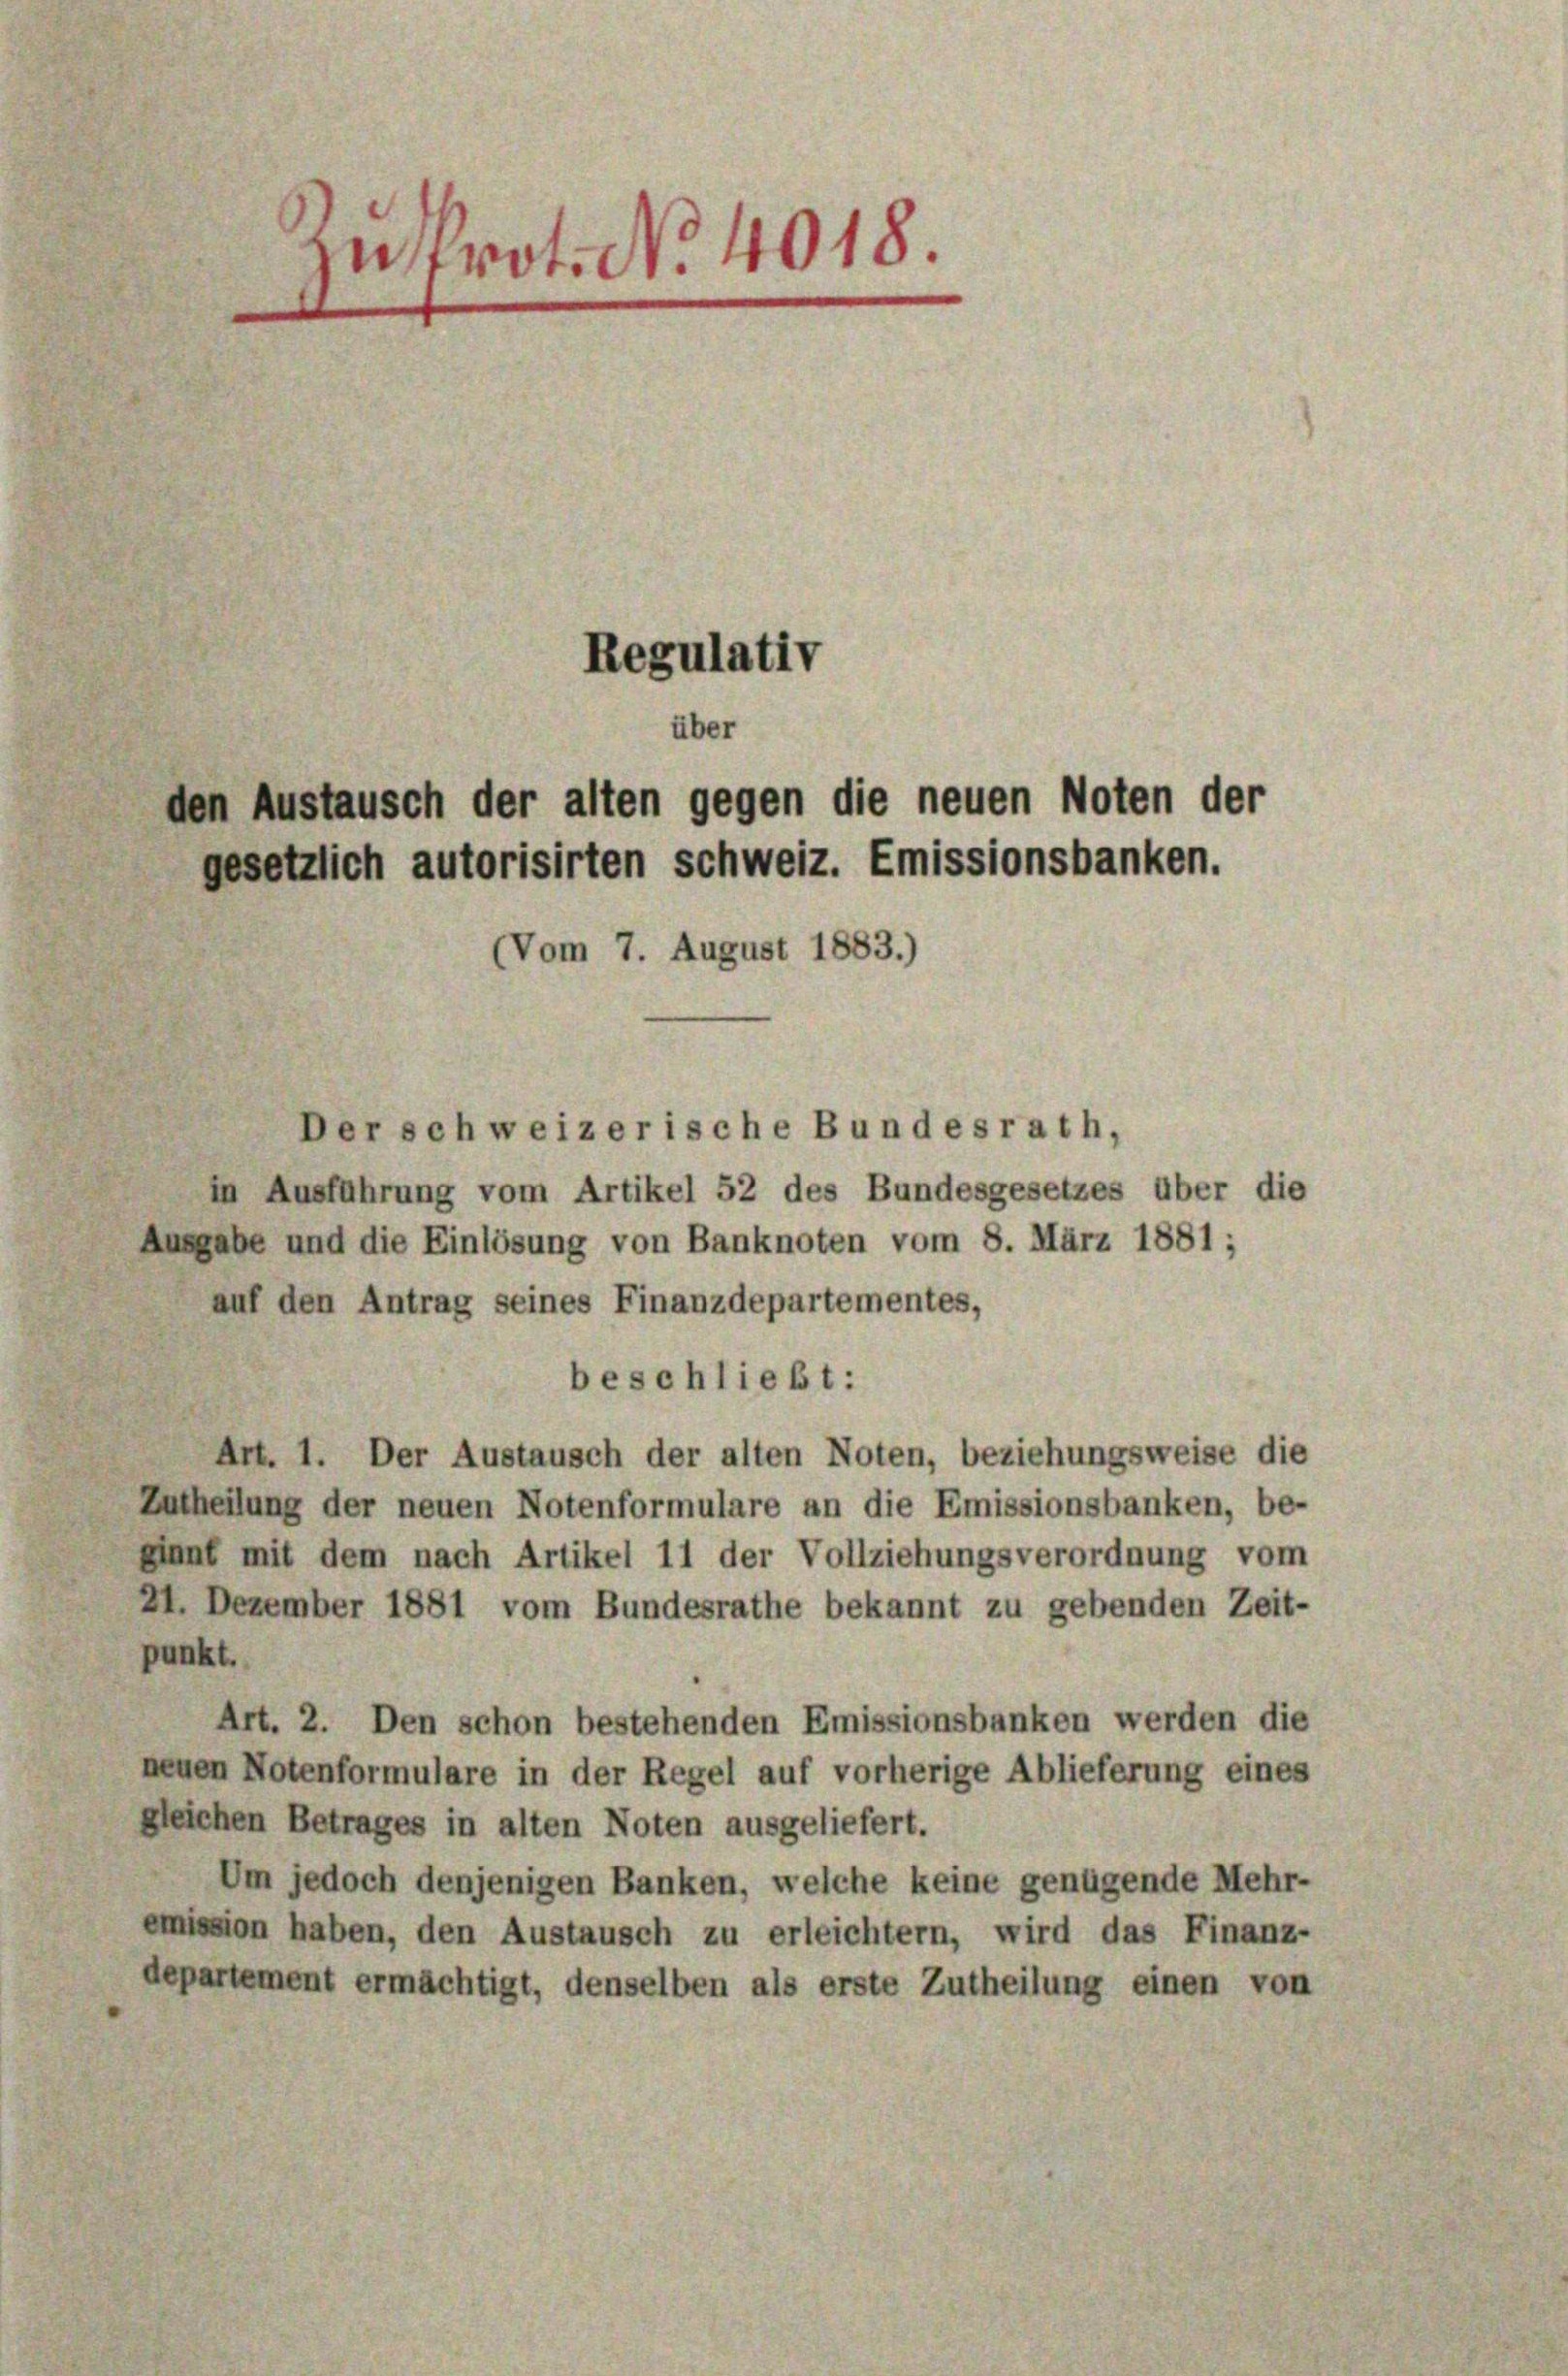
zusprot. No. 4018.

Regulativ
über
den Austausch der alten gegen die neuen Noten der
gesetzlich autorisirten Schweiz. Emissionsbanken.
(Vom 7. August 1883.)

Der schweizerische Bundesrath,
in Ausführung vom Artikel 52 des Bundesgesetzes über die
Ausgabe und die Einlösung von Banknoten vom 8. März 1881;
auf den Antrag seines Finanzdepartementes,
beschließt:
Art. 1. Der Austausch der alten Noten, beziehungsweise die
Zutheilung der neuen Notenformulare an die Emissionsbanken, be-
ginnt mit dem nach Artikel 11 der Vollziehungsverordnung vom
21. Dezember 1881 vom Bundesrathe bekannt zu gebenden Zeit-
punkt.
Art. 2. Den schon bestehenden Emissionsbanken werden die
neuen Notenformulare in der Regel auf vorherige Ablieferung eines
gleichen Betrages in alten Noten ausgeliefert.
Um jedoch denjenigen Banken, welche keine genügende Mehr-
emission haben, den Austausch zu erleichtern, wird das Finanz-
departement ermächtigt, denselben als erste Zutheilung einen von